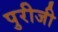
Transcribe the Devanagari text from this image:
पुरीजी